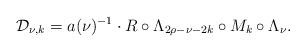
LaTeX: \begin{align*} \mathcal{D}_{\nu,k}= a(\nu)^{-1}\cdot R\circ\Lambda_{2\rho-\nu-2k}\circ M_k\circ\Lambda_\nu.\end{align*}